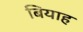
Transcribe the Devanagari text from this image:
बियाह